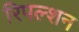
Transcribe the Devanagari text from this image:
रिपल्शन